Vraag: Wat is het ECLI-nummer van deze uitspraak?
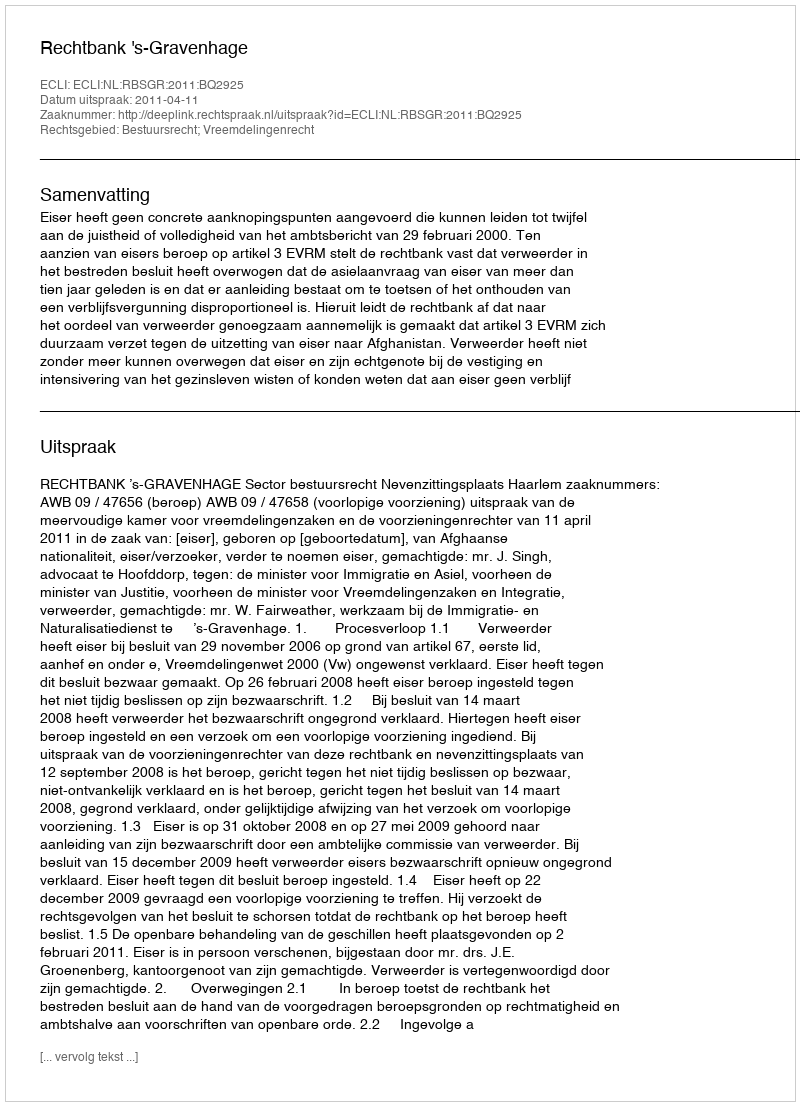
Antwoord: ECLI:NL:RBSGR:2011:BQ2925